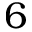
6